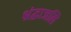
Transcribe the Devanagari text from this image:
श्रंद्धाजलि